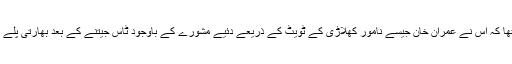
سرفراز احمد سے مسلسل سوال ہورہا تھا کہ اس نے عمران خان جیسے نامور کھلاڑی کے ٹویٹ کے ذریعے دئیے مشورے کے باوجود ٹاس جیتنے کے بعد بھارتی پلے بازوں کو میچ کا آغاز کیوں کرنے دیا۔